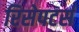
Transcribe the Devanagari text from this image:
रिसेपटर्स